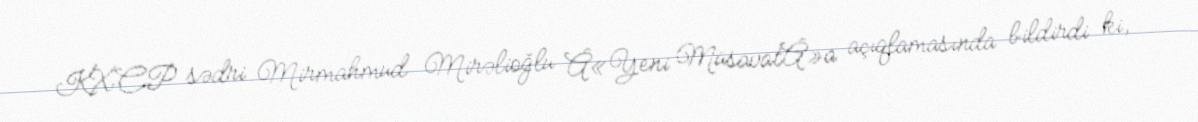
KXCP sədri Mirmahmud Mirəlioğlu Â«Yeni MüsavatÂ»a açıqlamasında bildirdi ki,